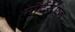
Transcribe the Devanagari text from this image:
माॅर्टर्स्एज़